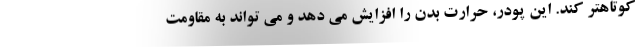
کوتاهتر کند. این پودر، حرارت بدن را افزایش می دهد و می تواند به مقاومت